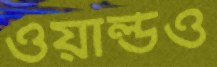
ওয়ার্ল্ডও